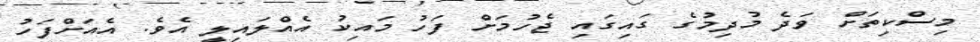
މިސްކިތަށް ވަދެ މުދިމުގެ ގައިގައި ޖެހުމަށް ފަހު މައިކު އެއްލައިލީ އެވެ. އެއަށްފަހު